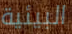
البيئية